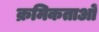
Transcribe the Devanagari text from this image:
क्रमिकताओं